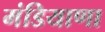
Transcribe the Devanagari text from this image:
मंडियाणा